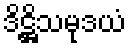
ဒိဋ္ဌိသမုဒယံ